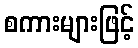
စကားများဖြင့်